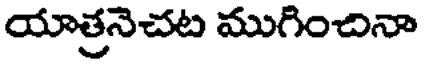
యాత్రనెచట ముగించినా